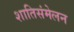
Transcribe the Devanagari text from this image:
शातिसंमेलन